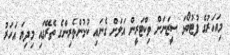
މިއަހަރުގެ ފުޓުބޯޅަ ސީޒަނަށް ވިކްޓަރީން އަލަށް ގެނައި ކުޅުންތެރިންގެ ތެރޭގައި މިދިޔަ އަހަރު